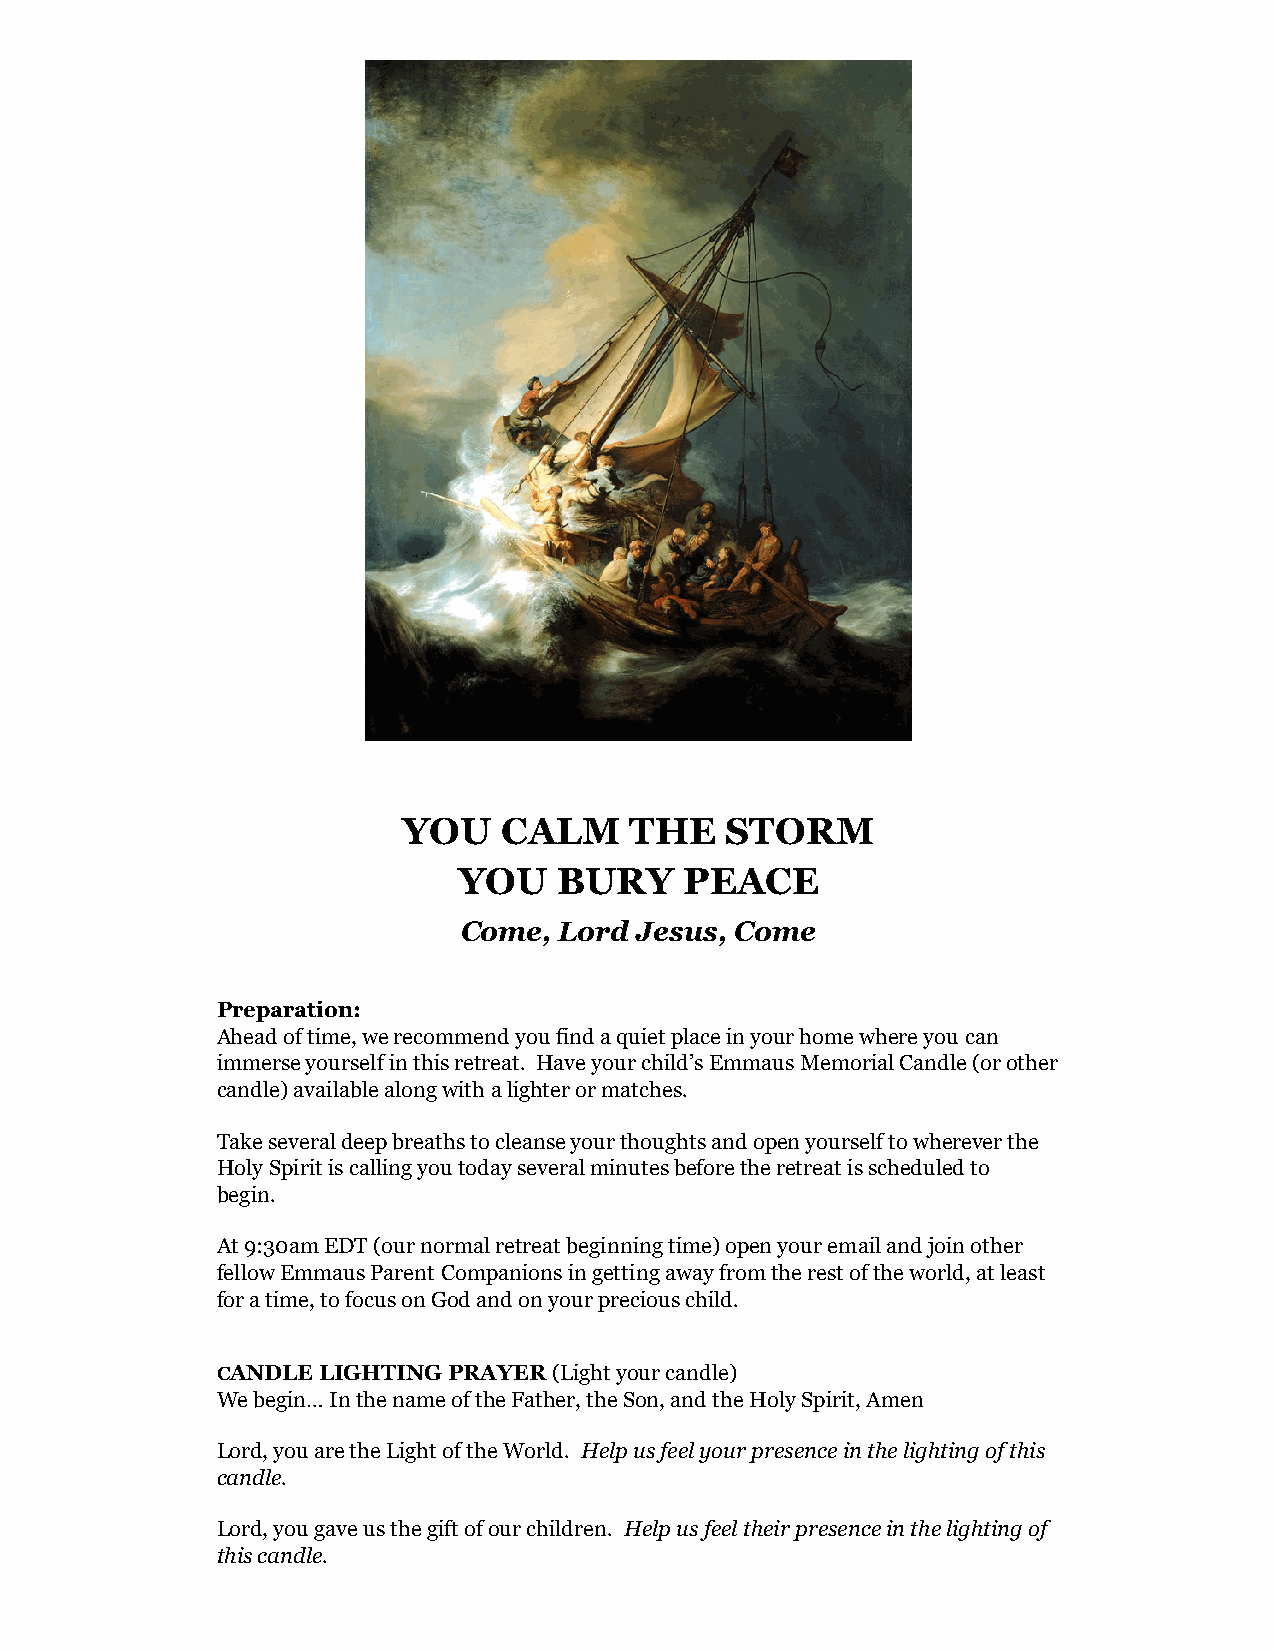
YOU   CALM     THE   STORM
 YOU    BURY    PEACE
 Come, Lord Jesus, Come
 Preparation:
 Ahead of time, we recommend you find a quiet place in your home where you can
 immerse yourself in this retreat. Have your child’s Emmaus Memorial Candle (or other
 candle) available along with a lighter or matches.
 Take several deep breaths to cleanse your thoughts and open yourself to wherever the
 Holy Spirit is calling you today several minutes before the retreat is scheduled to
 begin.
 At 9:30am EDT (our normal retreat beginning time) open your email and join other
 fellow Emmaus Parent Companions in getting away from the rest of the world, at least
 for a time, to focus on God and on your precious child.
 CANDLE LIGHTING PRAYER (Light your candle)
 We begin… In the name of the Father, the Son, and the Holy Spirit, Amen
 Lord, you are the Light of the World. Help us feel your presence in the lighting of this
 candle.
 Lord, you gave us the gift of our children. Help us feel their presence in the lighting of
 this candle.